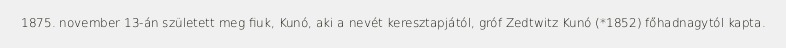
1875. november 13-án született meg fiuk, Kunó, aki a nevét keresztapjától, gróf Zedtwitz Kunó (*1852) főhadnagytól kapta.